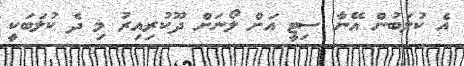
އެ ކުލަބުން އޭނާ ސިޓީ އަށް ލޯނަށް ދޫކުރިއިރު މި ދެ ކުލަބަކީ